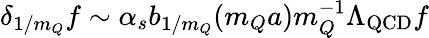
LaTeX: \delta_{1/m_{Q}}f\sim\alpha_{s}b_{1/m_{Q}}(m_{Q}a)m_{Q}^{-1}\Lambda_{\mathrm{QCD}}f